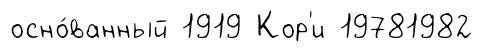
осно́ванный 1919 Кор'и 19781982